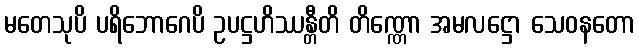
မတေသုပိ ပရိဘောဂေပိ ဥပဋ္ဌဟိဿန္တီတိ တိဏ္ဏော အမလဋ္ဌော သေဝနတော